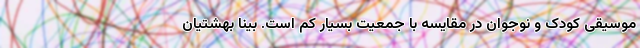
موسیقی کودک و نوجوان در مقایسه با جمعیت بسیار کم است. بینا بهشتیان